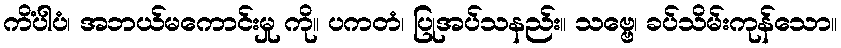
ကိံပါပံ၊ အဘယ်မကောင်းမှု ကို။ ပကတံ၊ ပြုအပ်သနည်း။ သဗ္ဗေ၊ ခပ်သိမ်းကုန်သော။